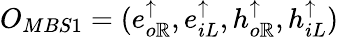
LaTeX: O_{MBS1}=(e_{o\mathbb{R}}^{\uparrow},e_{iL}^{\uparrow},h_{o\mathbb{R}}^{\uparrow},h_{iL}^{\uparrow})